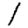
Digit: 1